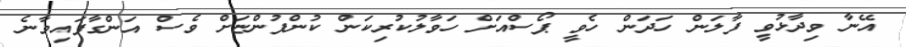
އޭނާ ވިދާޅުވީ ފާލަން ހަދަން ހެވީ ޕޯސްއަށް ހަވާލުކުރިކަން ކުންފުންޏަށް ވެސް އަންގާފައިވާނެ